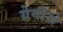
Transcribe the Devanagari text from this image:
ग्रेगोरो